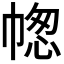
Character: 𢃭